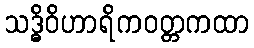
သဒ္ဓိဝိဟာရိကဝတ္တကထာ